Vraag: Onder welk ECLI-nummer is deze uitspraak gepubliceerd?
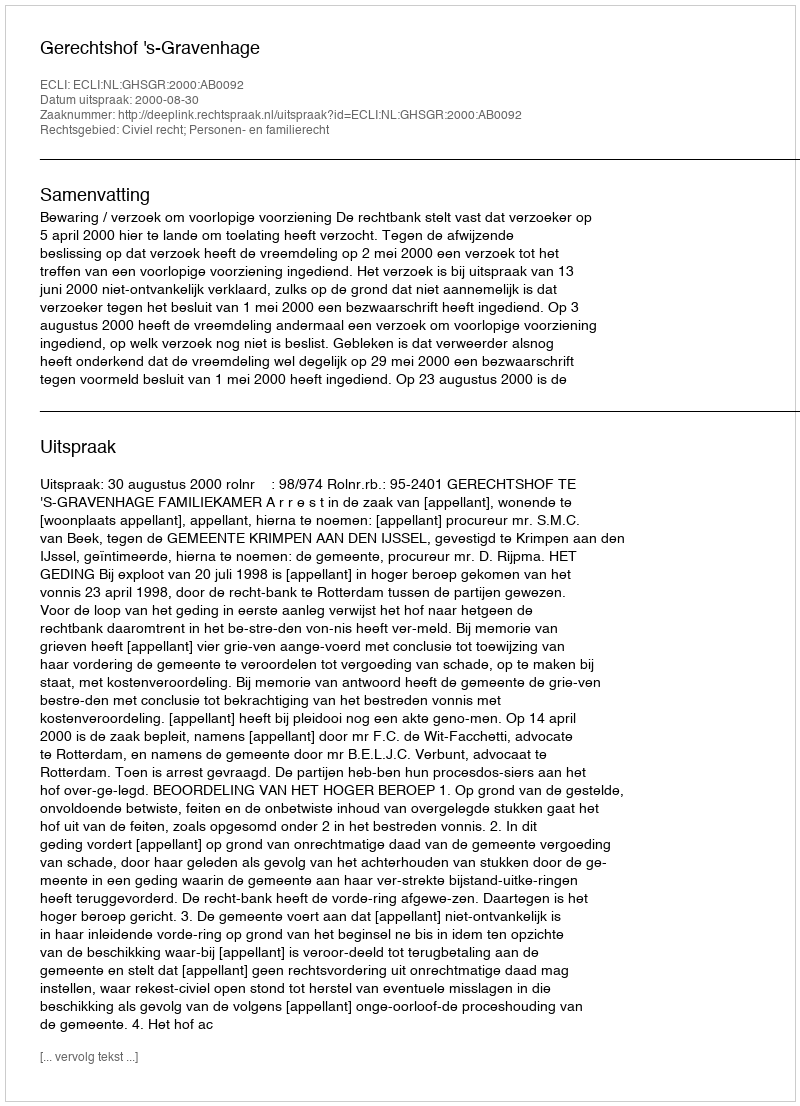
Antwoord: ECLI:NL:GHSGR:2000:AB0092